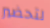
لتحضير